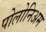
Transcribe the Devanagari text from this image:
पोलोनिअम